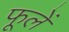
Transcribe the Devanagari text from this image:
फूलें